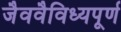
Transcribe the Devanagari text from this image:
जैववैविध्यपूर्ण